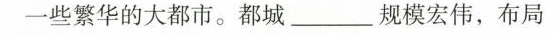
一些繁华的大都市。都城\underline规模宏伟，布局